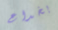
بخداع